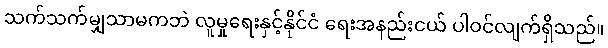
သက်သက်မျှသာမကဘဲ လူမှုရေးနှင့်နိုင်ငံ ရေးအနည်းငယ် ပါဝင်လျက်ရှိသည်။